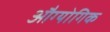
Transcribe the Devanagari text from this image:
औग्योगिक